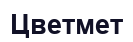
Цветмет